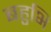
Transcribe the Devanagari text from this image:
बहुभि